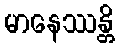
မာနေဿန္တိ